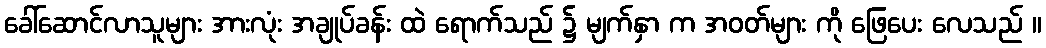
ခေါ်ဆောင်လာသူများ အားလုံး အချုပ်ခန်း ထဲ ရောက်သည် ၌ မျက်နှာ က အဝတ်များ ကို ဖြေပေး လေသည် ။